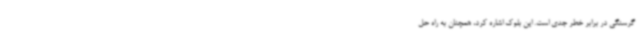
گرسنگی در برابر خطر جدی است. این بلوک اشاره کرد، همچنان به راه حل